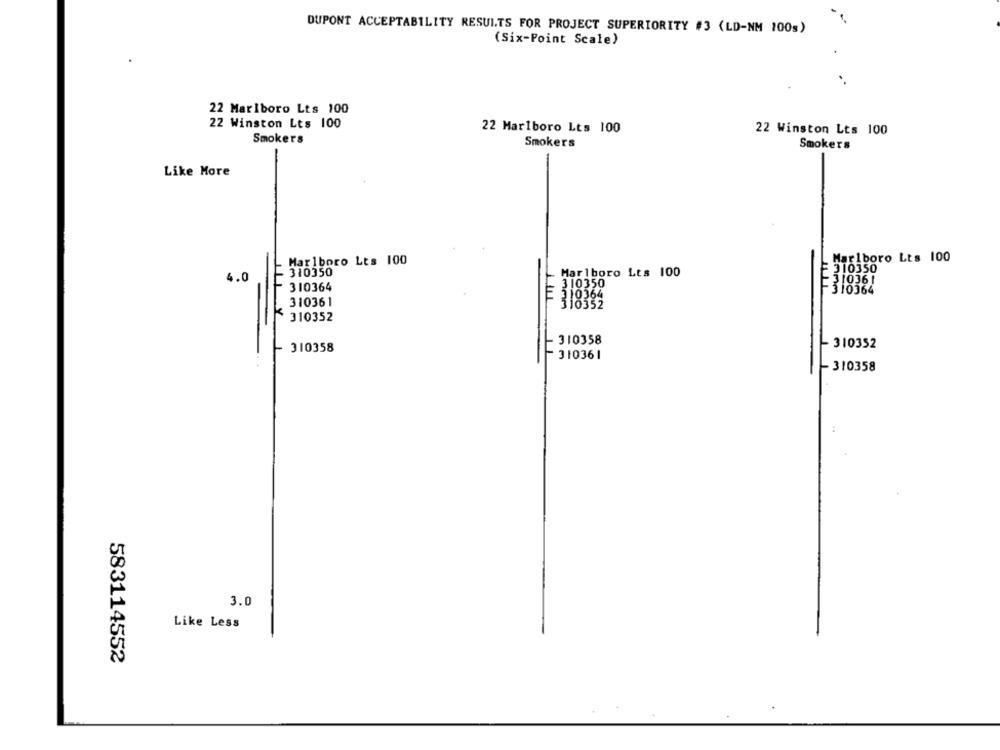
DUPONT ACCEPTABILITY RESULTS FOR PROJECT SUPERIORITY #3 (LD-NM 100s)
(Six-Point Scale)
22 Marlboro Lts 100
22 Winston Lts 100
22 Marlboro Lts 100
22 Winston Lts 100
Smokers
Smokers
Smokers
Like More
Marlboro Lts 100
Marlboro Lts 100
F 310350
- 310350
Marlboro Lts 100
4.0
310350
310361
310364
310364
310364
310361
310352
~ 310352
- 310358
- 310352
310358
310361
- 310358
3.0
Like Less
583114552